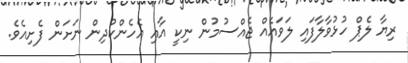
ރިޔާ ލެޕް ހުޅުވާލާފައި ލަވައެއް ޖެއްސުމުން ނިކީ އާއި އެހެންކުދިން ނަށަން ފެށިއެވެ.